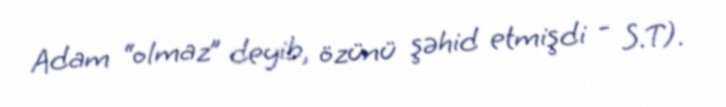
Adam “olmaz” deyib, özünü şəhid etmişdi - S.T).